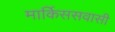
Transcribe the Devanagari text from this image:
मार्किससवासी